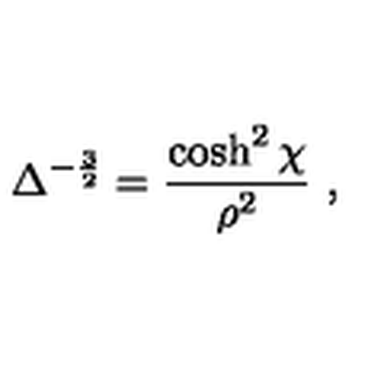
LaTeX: \Delta ^ { - { \frac { 3 } { 2 } } } = { \frac { \cosh ^ { 2 } \chi } { \rho ^ { 2 } } } \ ,